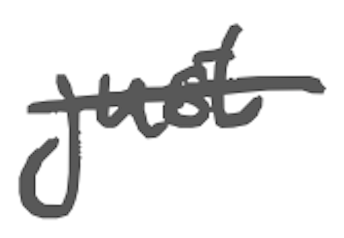
Text: just
Cross-out: single-line
Writing tool: digital_gray